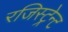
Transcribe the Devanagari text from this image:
रजिस्ट्रेन्ट